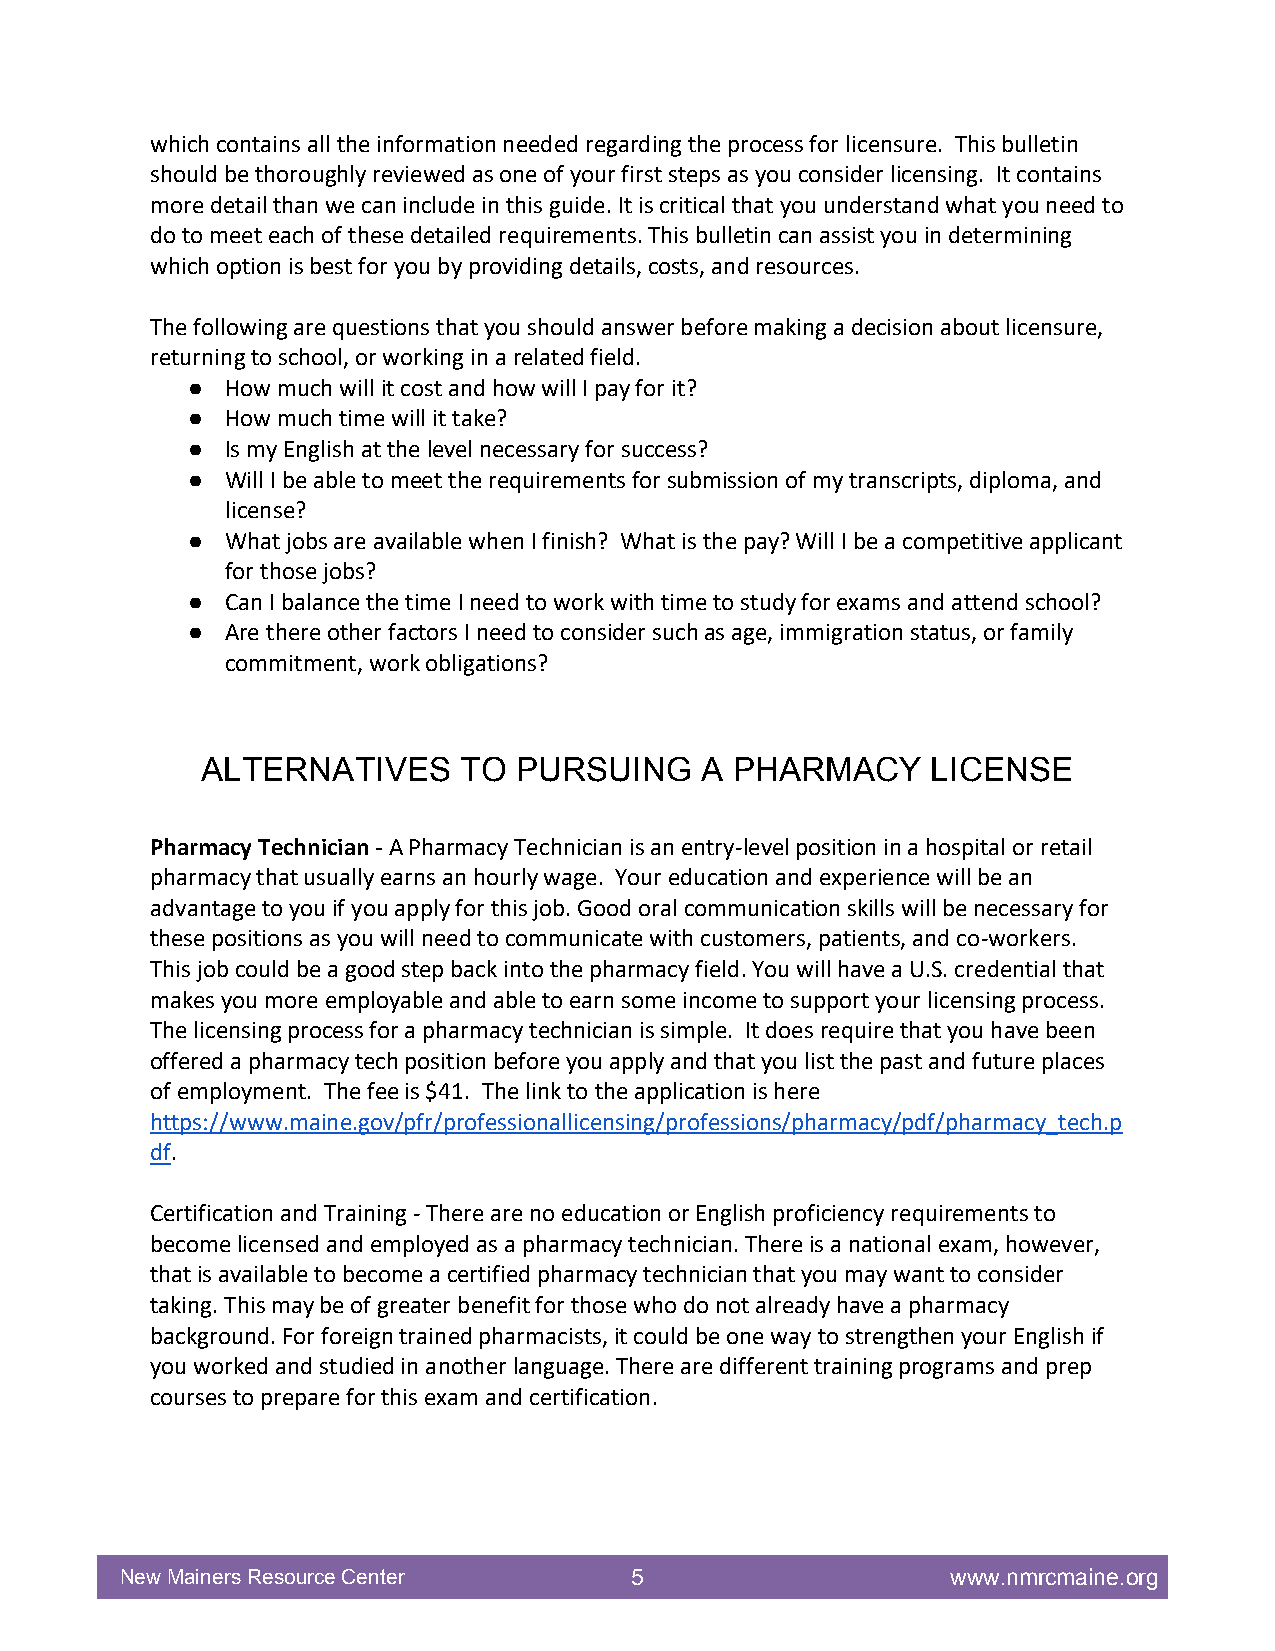
which contains all the information needed regarding the process for licensure. This bulletin
 should be thoroughly reviewed as one of your first steps as you consider licensing. It contains
 more detail than we can include in this guide. It is critical that you understand what you need to
 do to meet each of these detailed requirements. This bulletin can assist you in determining
 which option is best for you by providing details, costs, and resources.
 The following are questions that you should answer before making a decision about licensure,
 returning to school, or working in a related field.
 ●  How much will it cost and how will I pay for it?
 ●  How much time will it take?
 ●  Is my English at the level necessary for success?
 ●  Will I be able to meet the requirements for submission of my transcripts, diploma, and
 license?
 ●  What jobs are available when I finish? What is the pay? Will I be a competitive applicant
 for those jobs?
 ●  Can I balance the time I need to work with time to study for exams and attend school?
 ●  Are there other factors I need to consider such as age, immigration status, or family
 commitment, work obligations?
 ALTERNATIVES     TO  PURSUING    A  PHARMACY     LICENSE
 Pharmacy Technician - A Pharmacy Technician is an entry-level position in a hospital or retail
 pharmacy that usually earns an hourly wage. Your education and experience will be an
 advantage to you if you apply for this job. Good oral communication skills will be necessary for
 these positions as you will need to communicate with customers, patients, and co-workers.
 This job could be a good step back into the pharmacy field. You will have a U.S. credential that
 makes you more employable and able to earn some income to support your licensing process.
 The licensing process for a pharmacy technician is simple. It does require that you have been
 offered a pharmacy tech position before you apply and that you list the past and future places
 of employment. The fee is $41. The link to the application is here
 https://www.maine.gov/pfr/professionallicensing/professions/pharmacy/pdf/pharmacy_tech.p
 df.
 Certification and Training - There are no education or English proficiency requirements to
 become licensed and employed as a pharmacy technician. There is a national exam, however,
 that is available to become a certified pharmacy technician that you may want to consider
 taking. This may be of greater benefit for those who do not already have a pharmacy
 background. For foreign trained pharmacists, it could be one way to strengthen your English if
 you worked and studied in another language. There are different training programs and prep
 courses to prepare for this exam and certification.
 New Mainers Resource Center       5                    www.nmrcmaine.org